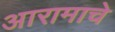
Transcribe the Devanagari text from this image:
आरामाचे